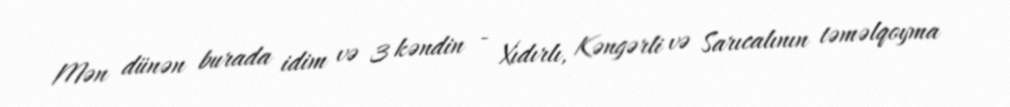
Mən dünən burada idim və 3 kəndin - Xıdırlı, Kəngərli və Sarıcalının təməlqoyma